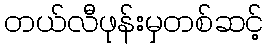
တယ်လီဖုန်းမှတစ်ဆင့်